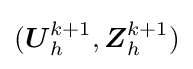
({\boldsymbol {U}}_{h}^{k+1},{\boldsymbol {Z}}_{h}^{k+1})